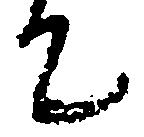
て